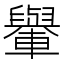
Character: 轝